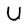
Character: U